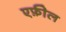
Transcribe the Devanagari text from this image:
एफ़ील